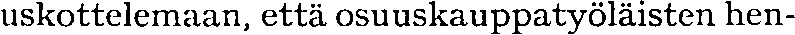
uskottelemaan, että osuuskauppatyöläisten hen-